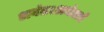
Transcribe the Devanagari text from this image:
अनंत।अनंताचे